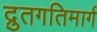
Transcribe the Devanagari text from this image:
द्रुतगतिमार्ग